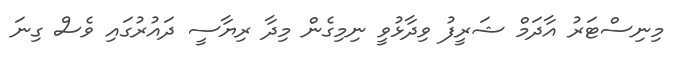
މިނިސްޓަރު އާދަމް ޝަރީފު ވިދާޅުވީ ނިމިގެން މިދާ ރިޔާސީ ދައުރުގައި ވެސް ގިނަ